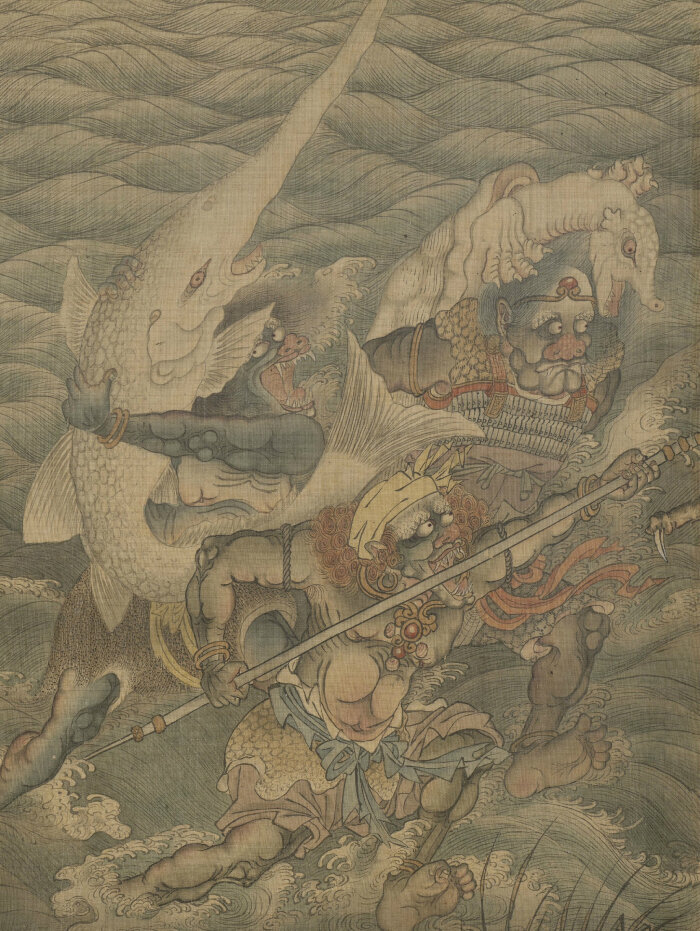
山头堆白雪，风里卷黄沙。